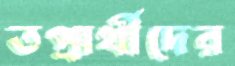
তপ্রার্থীদের